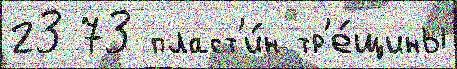
23 73 пласт'и́н тр'е́щины